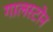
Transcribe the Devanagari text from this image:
गालस्टोन